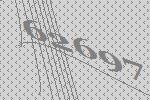
62697